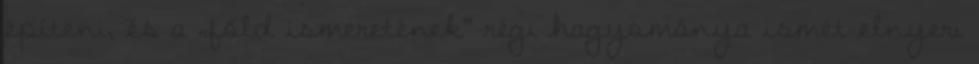
építeni, és a „föld ismeretének” régi hagyománya ismét elnyeri